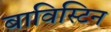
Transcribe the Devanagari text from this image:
बाविस्टिन